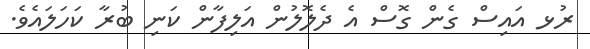
ރުޅ އައިސް ގެން ގޮސް އެ ދެލޮލުން އަލިފާން ކަނި ބުރާ ކަހަލައެވެ.